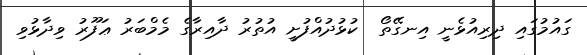
ގައުމުގައި ދިރިއުޅެނީ އިނގޭތޯ  ކުޅުދުއްފުށީ އުތުރު ދާއިރާގެ މެމްބަރު ޢަފޫރު ވިދާޅުވި